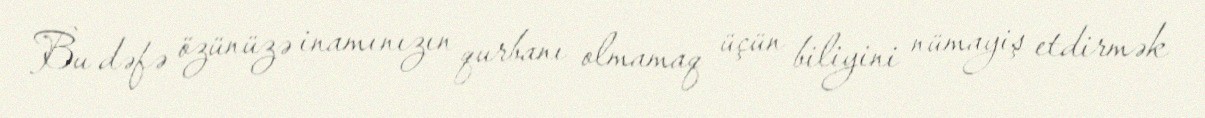
Bu dəfə özünüzə inamınızın qurbanı olmamaq üçün biliyini nümayiş etdirmək